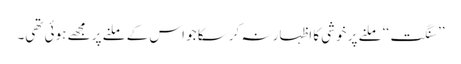
’’ سنگت‘‘ ملنے پر خوشی کا اظہار نہ کرسکا جو اس کے ملنے پر مجھے ہوئی تھی۔